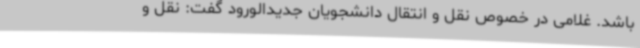
باشد. غلامی در خصوص نقل و انتقال دانشجویان جدیدالورود گفت: نقل و